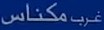
مكناس غرب